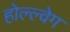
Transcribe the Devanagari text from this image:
होल्ल्वेग